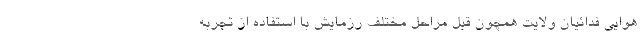
هوایی فدائیان ولایت همچون قبل مراحل مختلف رزمایش با استفاده از تجربه